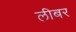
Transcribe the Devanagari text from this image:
लीबर